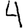
Digit: 4